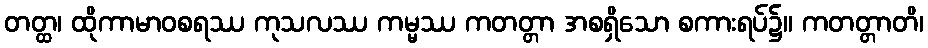
တတ္ထ၊ ထိုကာမာဝစရဿ ကုသလဿ ကမ္မဿ ကတတ္တာ အစရှိသော စကားရပ်၌။ ကတတ္တာတိ၊